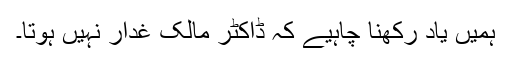
ہمیں یاد رکھنا چاہیے کہ ڈاکٹر مالک غدار نہیں ہوتا۔